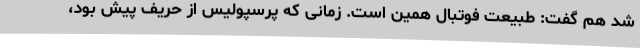
شد هم گفت: طبیعت فوتبال همین است. زمانی که پرسپولیس از حریف پیش بود،